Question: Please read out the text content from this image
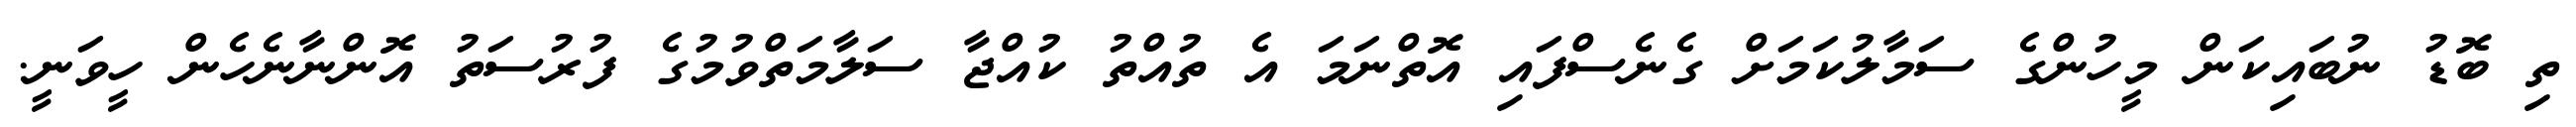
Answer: ތި ބޮޑު ނުބައިކަން މީހުންގެ ސަމާލުކަމަށް ގެނެސްފައި އޮތްނަމަ އެ ތުއްތު ކުއްޖާ ސަލާމަތްވުމުގެ ފުރުސަތު އޮންނާނެހެން ހީވަނީ.